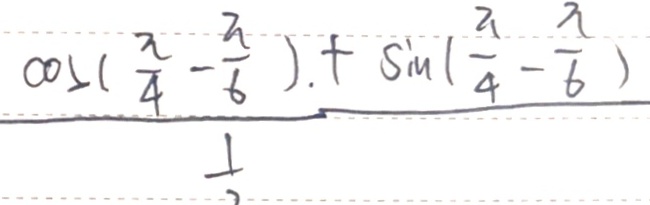
\frac { \cos ( \frac { \pi } { 4 } - \frac { \pi } { 6 } ) + \sin ( \frac { \pi } { 4 } - \frac { \pi } { 6 } ) } { \frac { 1 } { 2 } }